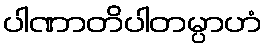
ပါဏာတိပါတမ္ပာဟံ